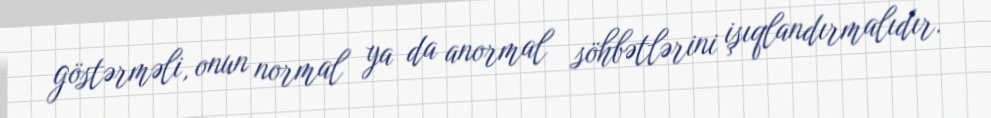
göstərməli, onun normal ya da anormal söhbətlərini işıqlandırmalıdır.